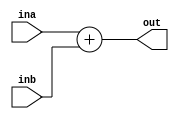
`timescale 1ns/1ps

module adder(
    input [31:0] ina, inb,
    output reg [31:0] out
);

    always @(*) begin
        out = ina + inb;
    end
endmodule